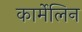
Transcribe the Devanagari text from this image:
कार्मेलिन